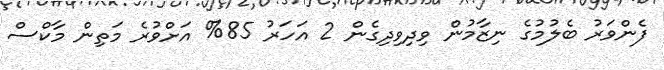
ފެންވަރު ބެލުމުގެ ނިޒާމުން ވިދިވިދިގެން 2 އަހަރު 85% އަށްވުރެ މަތިން މާކްސް